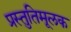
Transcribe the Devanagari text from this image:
प्रस्तुतिमूलक